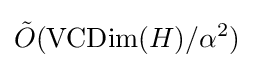
{\tilde {O}}(\operatorname {VCDim} (H)/\alpha ^{2})\,\!